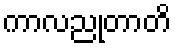
ကာလညုတာတိ